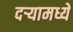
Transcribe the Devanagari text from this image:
दऱ्यामध्ये